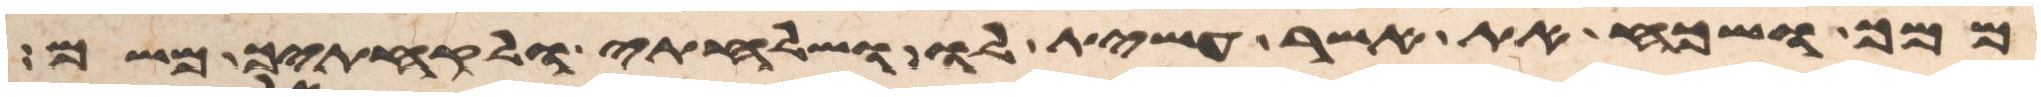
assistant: ממך ושכח את אשר עשית לו ושלחתי ולקחתיך משם